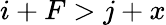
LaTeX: i+F>j+x